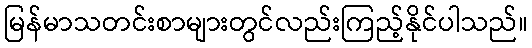
မြန်မာသတင်းစာများတွင်လည်းကြည့်နိုင်ပါသည်။